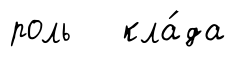
роль кла́да